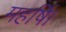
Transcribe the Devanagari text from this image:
महर्षि।